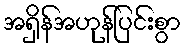
အရှိန်အဟုန်ပြင်းစွာ